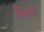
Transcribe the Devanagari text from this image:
बँकां